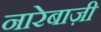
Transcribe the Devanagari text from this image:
नारेबाज़ी